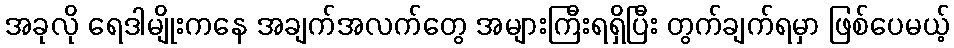
အခုလို ရေဒါမျိုးကနေ အချက်အလက်တွေ အများကြီးရရှိပြီး တွက်ချက်ရမှာ ဖြစ်ပေမယ့်